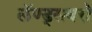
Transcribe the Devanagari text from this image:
लॅण्ड्सबरो